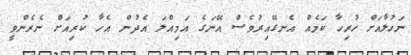
ނަހުލާއަށް ހުރިހާ ކަމެއް އެނގޭއިރުވެސް އޭނަގެ އަމިއްލަ އެދުން އެހާ ކުރިއަށް ނެރެންވީ